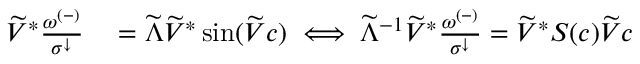
\begin{array} { r l } { \widetilde { V } ^ { * } \frac { \omega ^ { ( - ) } } { \sigma ^ { \downarrow } } } & { { } = \widetilde { \Lambda } \widetilde { V } ^ { * } \sin ( \widetilde { V } c ) \iff \widetilde { \Lambda } ^ { - 1 } \widetilde { V } ^ { * } \frac { \omega ^ { ( - ) } } { \sigma ^ { \downarrow } } = \widetilde { V } ^ { * } S ( c ) \widetilde { V } c } \end{array}